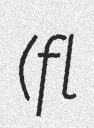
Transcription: (fl